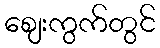
ဈေးကွက်တွင်